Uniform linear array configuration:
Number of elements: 12
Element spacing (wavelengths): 0.75
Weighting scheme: binomial
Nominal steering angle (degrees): -30
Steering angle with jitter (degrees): -30.256
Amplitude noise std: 0.05
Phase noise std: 0.05

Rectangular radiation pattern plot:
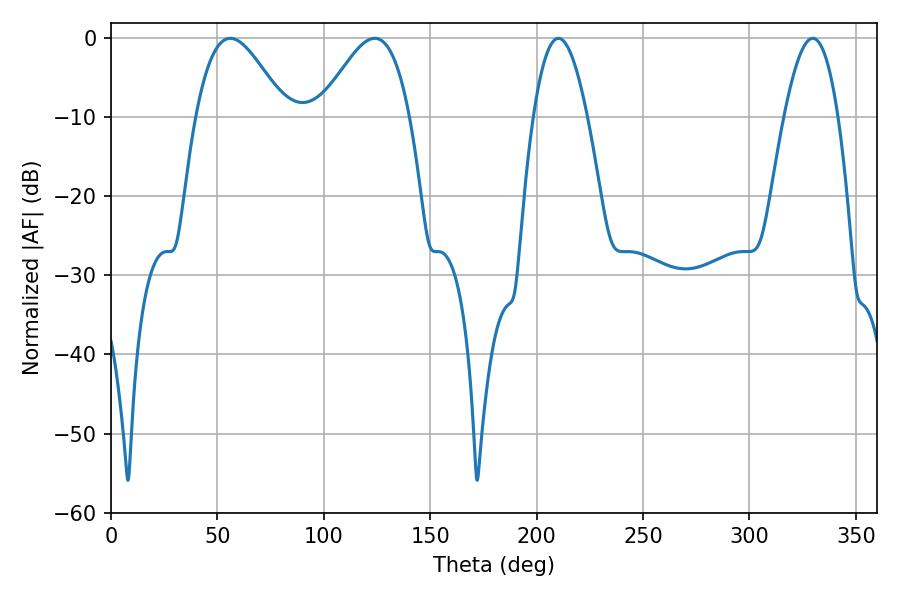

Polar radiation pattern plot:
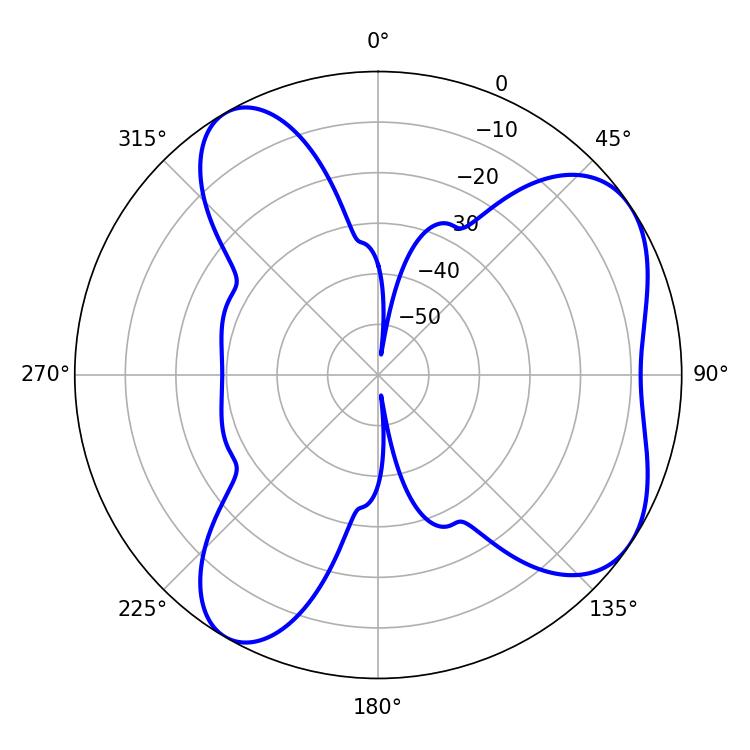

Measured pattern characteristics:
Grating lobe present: TRUE
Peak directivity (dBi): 6.049
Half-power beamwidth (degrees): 13.86
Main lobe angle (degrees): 210.24